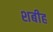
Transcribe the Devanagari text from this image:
शबीह